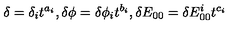
\delta = \delta _ { i } t ^ { a _ { i } } , \delta \phi = \delta \phi _ { i } t ^ { b _ { i } } , \delta E _ { 0 0 } = \delta E _ { 0 0 } ^ { i } t ^ { c _ { i } }